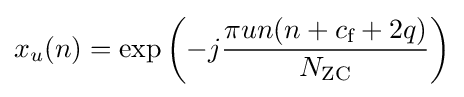
x_{u}(n)={\text{exp}}\left(-j{\frac {\pi un(n+c_{\text{f}}+2q)}{N_{\text{ZC}}}}\right)